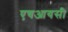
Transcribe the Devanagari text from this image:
एचआयसी